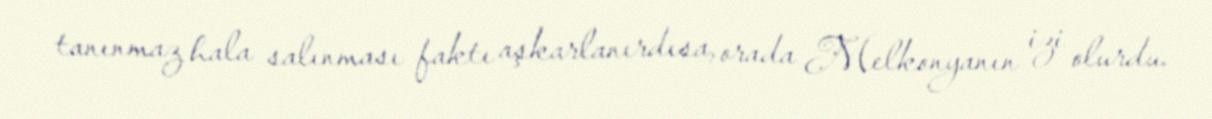
tanınmaz hala salınması faktı aşkarlanırdısa, orada Melkonyanın izi olurdu.